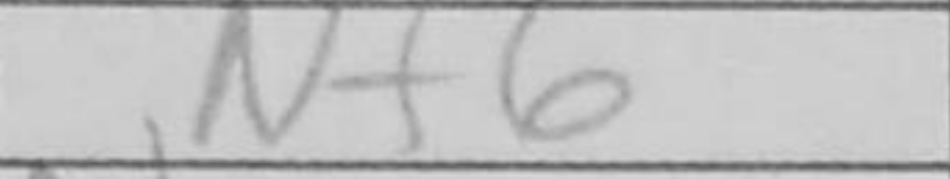
Transcription: Nf6